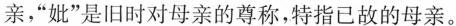
亲，”妣”是旧时对母亲的尊称，特指已故的母亲。